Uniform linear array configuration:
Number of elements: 48
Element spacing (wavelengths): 0.5
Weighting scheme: hamming
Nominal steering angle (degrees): -30
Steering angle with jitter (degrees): -30.28
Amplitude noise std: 0.05
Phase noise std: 0.05

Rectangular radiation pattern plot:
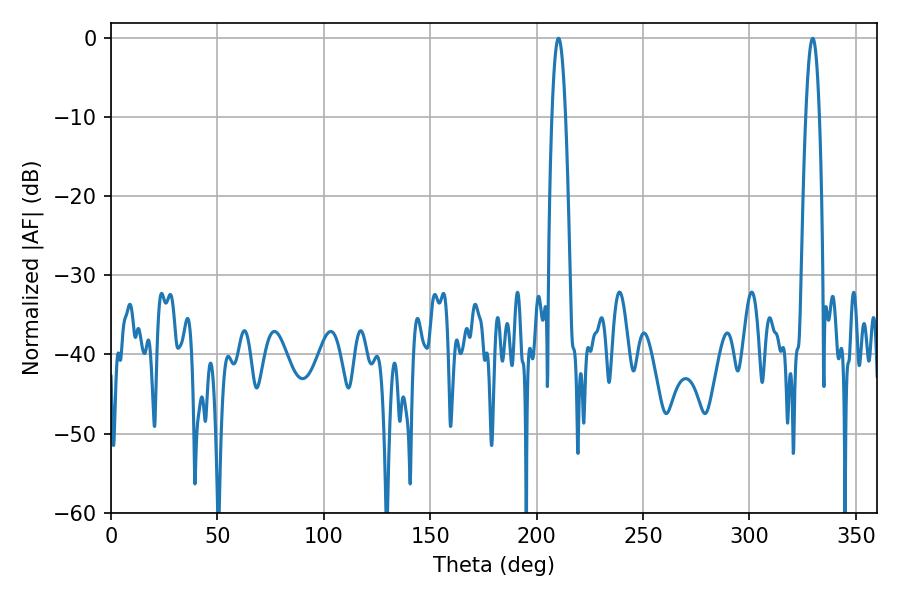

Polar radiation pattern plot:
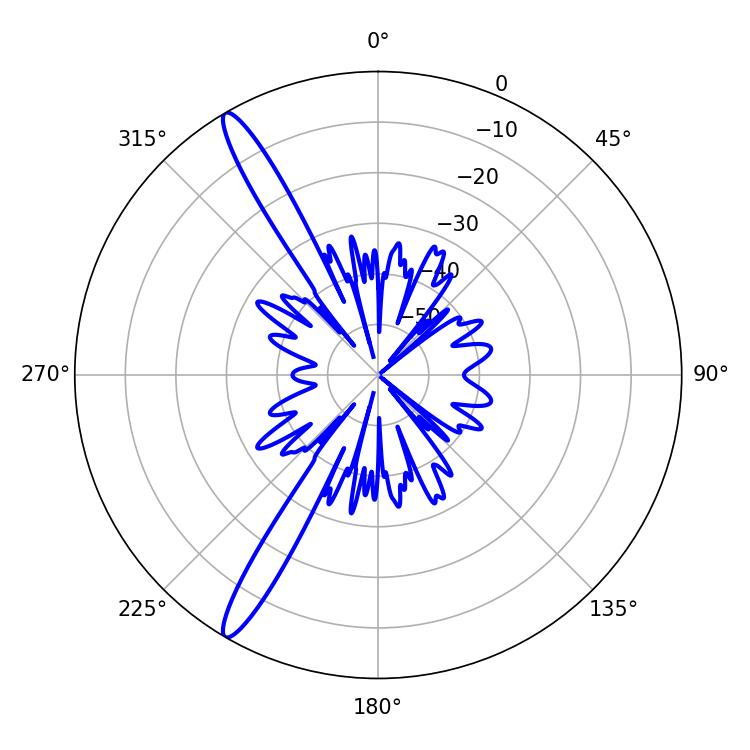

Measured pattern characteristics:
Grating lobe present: FALSE
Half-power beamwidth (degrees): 3.42
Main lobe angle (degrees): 329.76